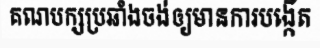
គណបក្សប្រឆាំងចង់ឲ្យមានការបង្កើត